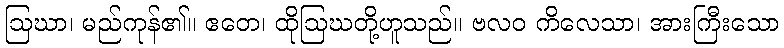
ဩဃာ၊ မည်ကုန်၏။ ဧတေ၊ ထိုဩဃတို့ဟူသည်။ ဗလဝ ကိလေသာ၊ အားကြီးသော